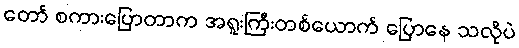
တော် စကားပြောတာက အရူးကြီးတစ်ယောက် ပြောနေ သလိုပဲ